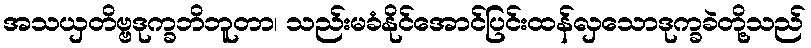
အသယှတိဗ္ဗဒုက္ခဘိဘူတာ၊ သည်းမခံနိုင်အောင်ပြင်းထန်လှသောဒုက္ခခဲတို့သည်